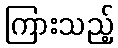
ကြားသည့်